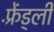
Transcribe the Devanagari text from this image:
फ़्रेंड्ली